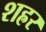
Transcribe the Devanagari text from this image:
शह्रर